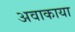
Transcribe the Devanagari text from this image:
अवाकाया